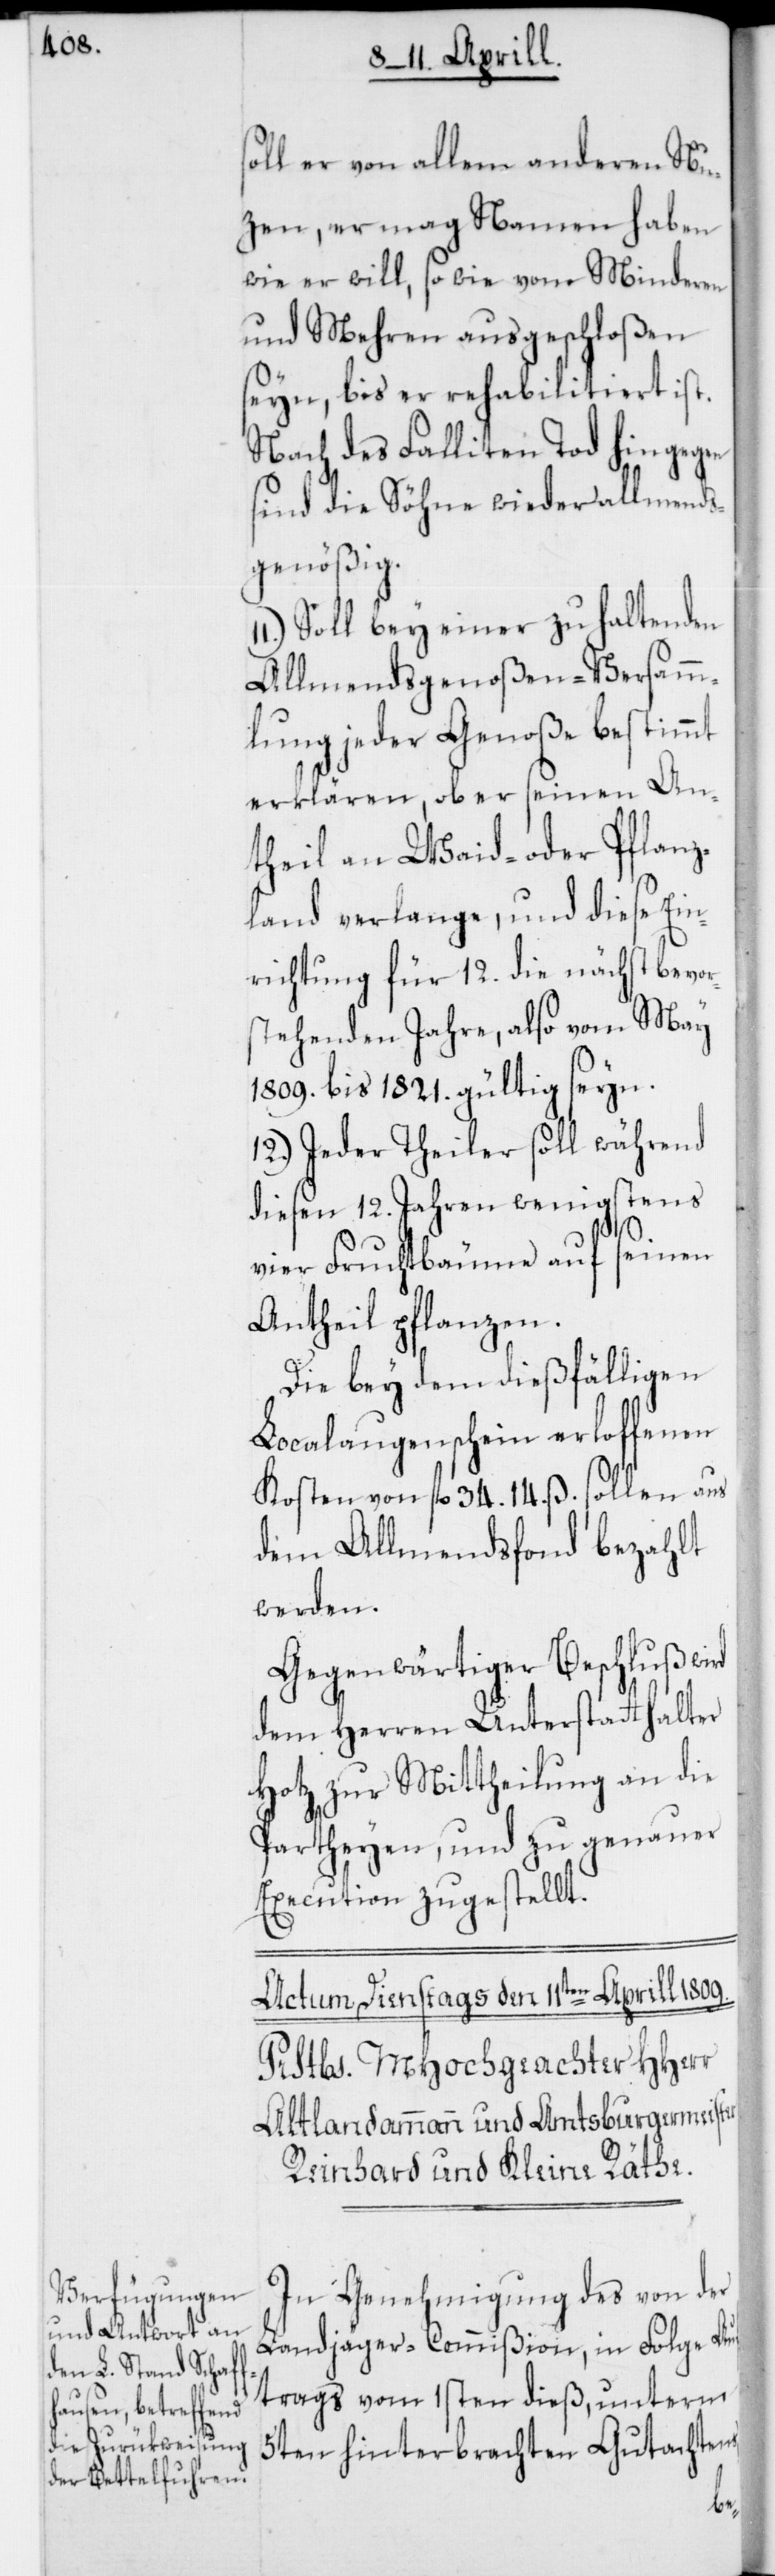
soll er von allen anderen Nu¬
zen, er mag Namen haben
wir er will, so wie vom Minderen
und Mehren ausgeschloßen
seyn, bis er rehabilitiert ist.
Nach des Falliten Tod hingegen
sind die Söhne wieder allmends¬
genößig.
Soll bey einer zu haltenden
Allmendsgenoßen-Versamm¬
lung jeder Genoße bestimmt
erklären, ob er seinen An¬
theil an Waid- oder Pflanz¬
land verlange, und diese Ein¬
richtung für 12. die nächst bevor¬
stehenden Jahre, also von May
1809. bis 1821. gültig seyn.
12.) Jeder Theiler soll während
diesen 12. Jahren wenigstens
vier Fruchtbäume auf seinen
Antheil pflanzen.
Die bey dem dießfälligen
Localaugenschein erloffenen
Kosten von fl. 34. 14. ß. sollen aus
dem Allmendsfonds bezahlt
werden.
Gegenwärtiger Beschluß
dem Herren Unterstatthalter
Hotz zur Mittheilung an die
Partheyen, und zu genauer
Execution zugestellt.
In Genehmigung des von der
Landjäger-Commißion in Folge Auf¬
trags vom 1sten dieß, unterm
5ten hinterbrachten Gutachtens,